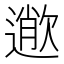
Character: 𣤎